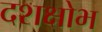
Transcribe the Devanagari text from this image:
दशक्षोभ